Report of an investigation into the causes of malaria in Bombay and the measures necessary for its control
Disease focus: Malaria
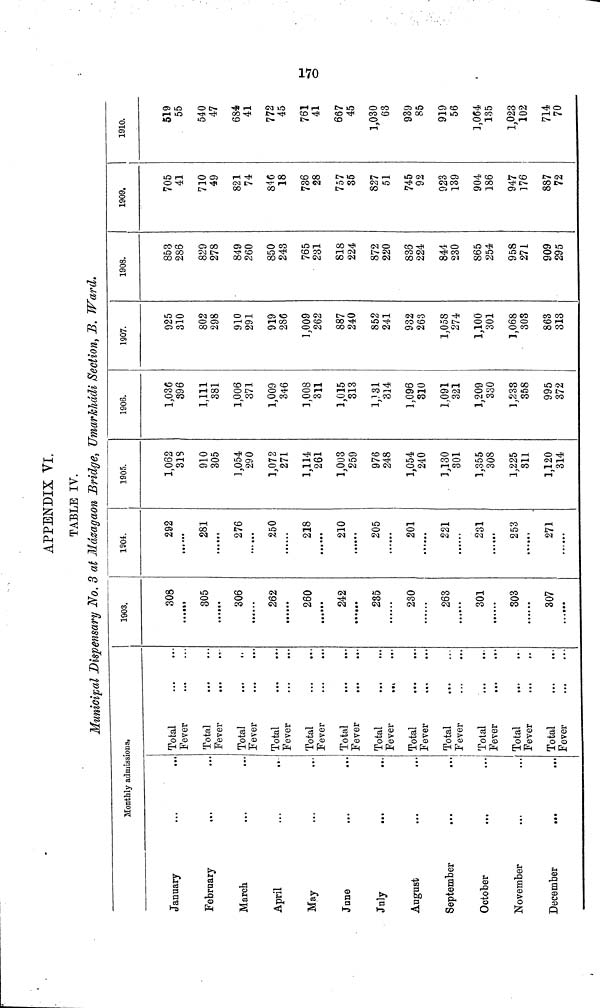
o
APPENDIX VI.
TABLE IV.
Municipal Dispensary No. 3 at Mázagaon Bridge, Umarkhadi Section, B. Ward.
Monthly admissions.
January
February
March
April
May
June
July
August
September
October
November
December
...
Total
Fever
Total
Fever
Total
Fever
Total
Fever
Total
Fever
...
...
Total
Fever
Total
Fever
Total
Fever
Total
Fever
Total
Fever
Total
Fever
Total
Fever
1903.
308
305
306
262
««••••
260
242
235
230
263
301
303
307
1904.
292
281
276
••• •••
250
218
210
205
201
221
231
253
271
1905.
1,062
31S
910
305
1,054
290
1,072
271
1,114
261
1,003
259
976
248
1,054
240
3,130
301
1,355
308
1,225
311
1,120
314
1906.
1,036
396
1,111
381
1,006
371
1,009
346
1,008
311
1,015
313
1,131
314
1,096
310
1,091
321
1,209
330
1,233
358
995
372
1907.
925
310
802
298
910
291
919
286
1,009
262
887
240
852
241
932
263
1,058
274
1,100
301
1,068
303
863
313
1908.
853
286
829
278
849
260
850
243
765
231
818
224
872
220
836
224
844
230
865
254
958
271
909
295
1909.
705
41
710
49
821
74
846
18
736
28
757
35
827
51
745
92
923
139
904
186
947
176
887
72
1910.
519
55
540
47
684
41
772
45
761
41
667
45
1,030
63
939
85
919
56
1,064
135
1,023
102
714
70